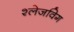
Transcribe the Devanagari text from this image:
श्लेजविग